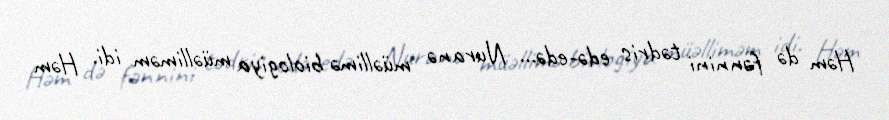
Həm də fənnini tədris edə-edə... Nuranə müəllimə biologiya müəlliməm idi. Həm